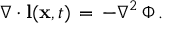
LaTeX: \nabla \cdot { \bf l } ( { \bf x } , t ) \, = \, - \nabla ^ { 2 } \, \Phi \, .